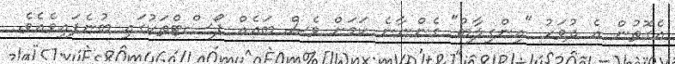
އެގޮތުން އެ ދުވަހު "އިންގިލާބު" ގެންނާނެ ކަމަށް ވެސް ބައެއް ޕޯސްޓްތަކުގައި ބުނެފައިވެއެވެ.